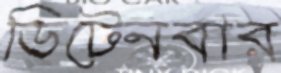
ডিটেনবার